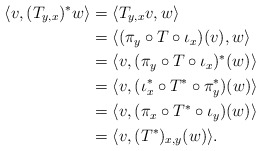
\begin{align*}\langle v, (T_{y, x})^* w\rangle &=\langle T_{y, x}v, w\rangle\\&=\langle(\pi_y\circ T\circ\iota_x)(v), w\rangle\\&=\langle v, (\pi_y\circ T\circ\iota_x)^*(w)\rangle\\&=\langle v, (\iota_x^*\circ T^*\circ\pi_y^*)(w)\rangle\\&=\langle v, (\pi_x\circ T^*\circ\iota_y)(w)\rangle\\&=\langle v, (T^*)_{x, y}(w)\rangle.\end{align*}